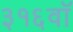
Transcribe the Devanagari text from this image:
३१६वॉ